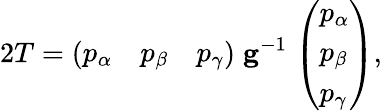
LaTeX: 2T={\left(\begin{array}{lll}{p_{\alpha}}&{p_{\beta}}&{p_{\gamma}}\end{array}\right)}\; \mathbf{g}^{-1}\; {\left(\begin{array}{l}{p_{\alpha}}\\ {p_{\beta}}\\ {p_{\gamma}}\end{array}\right)},